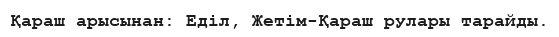
Қараш арысынан: Еділ, Жетім-Қараш рулары тарайды.